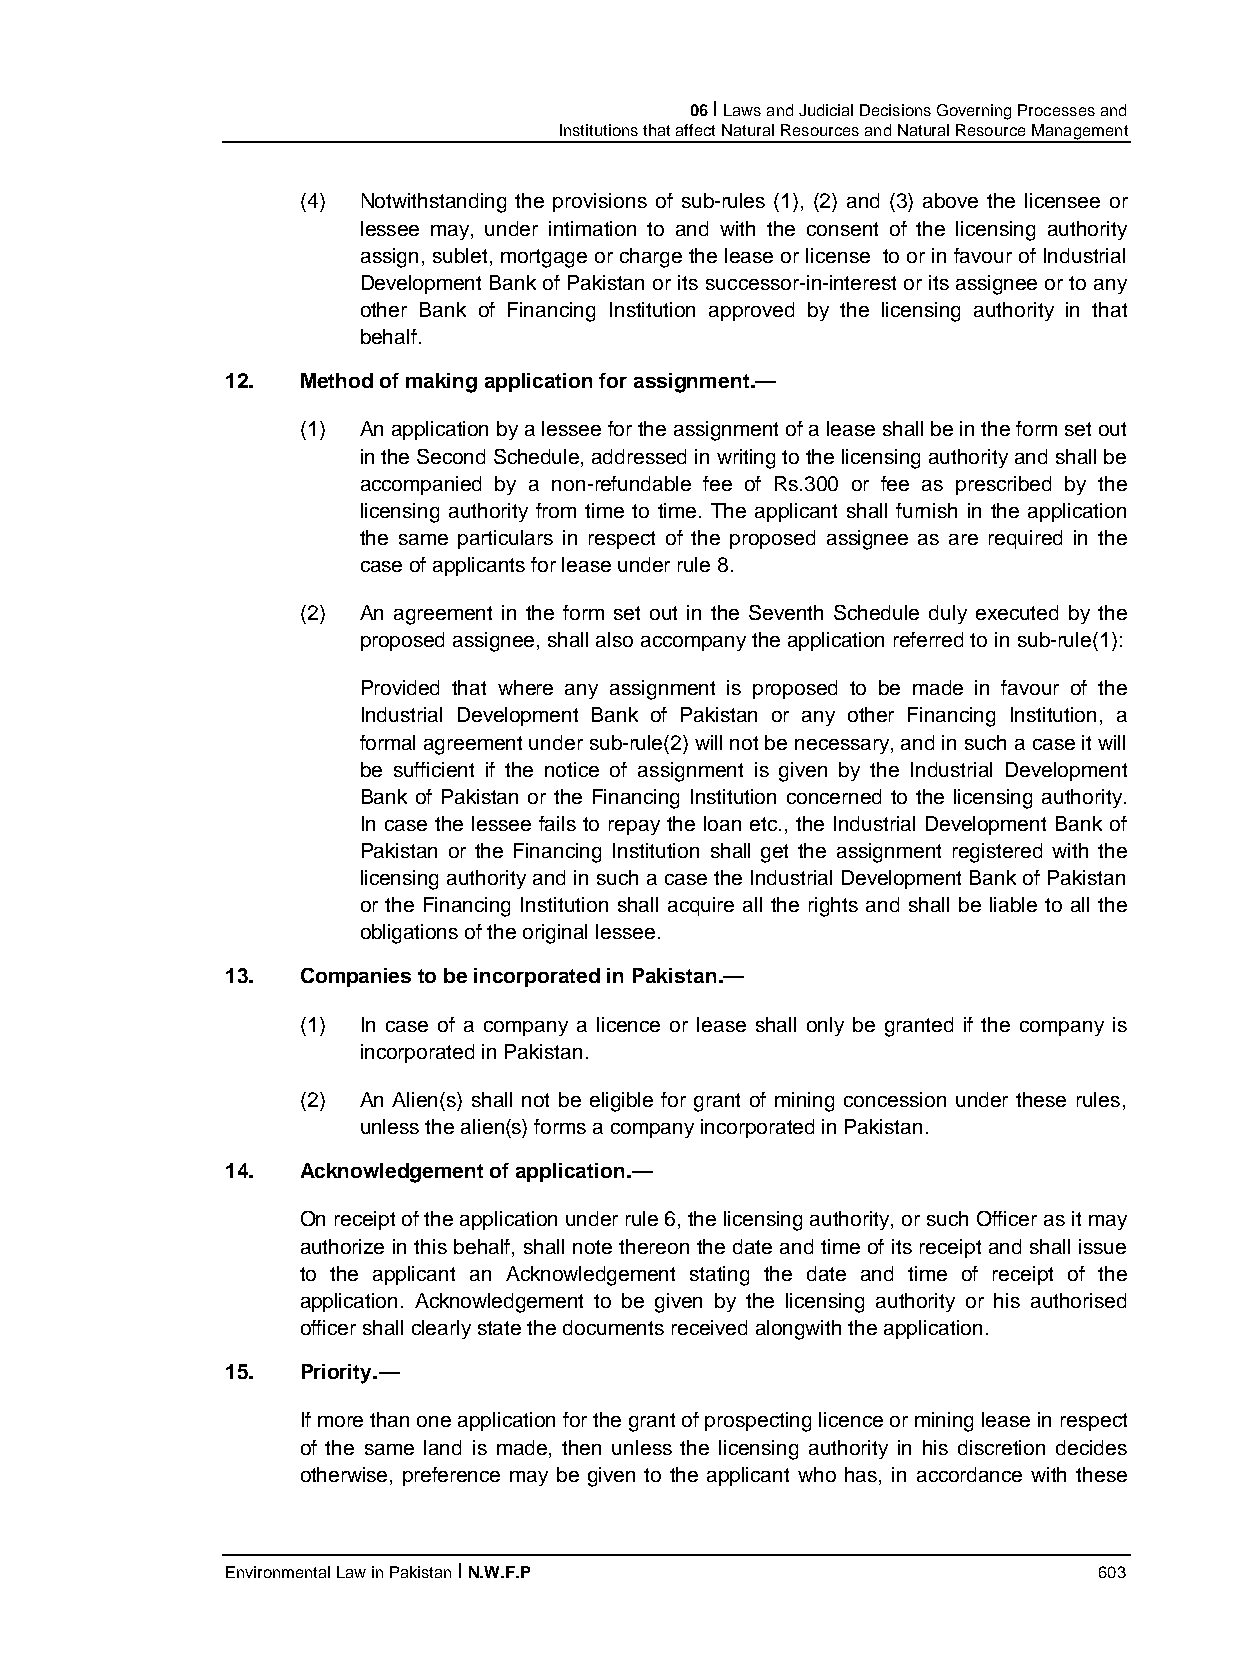
06 I Laws and Judicial Decisions Governing Processes and
 Institutions that affect Natural Resources and Natural Resource Management
 (4) Notwithstanding the provisions of sub-rules (1), (2) and (3) above the licensee or
 lessee may, under intimation to and with the consent of the licensing authority
 assign, sublet, mortgage or charge the lease or license to or in favour of Industrial
 Development Bank of Pakistan or its successor-in-interest or its assignee or to any
 other Bank of Financing Institution approved by the licensing authority in that
 behalf.
 12.  Method of making application for assignment.—
 (1) An application by a lessee for the assignment of a lease shall be in the form set out
 in the Second Schedule, addressed in writing to the licensing authority and shall be
 accompanied by a non-refundable fee of Rs.300 or fee as prescribed by the
 licensing authority from time to time. The applicant shall furnish in the application
 the same particulars in respect of the proposed assignee as are required in the
 case of applicants for lease under rule 8.
 (2) An agreement in the form set out in the Seventh Schedule duly executed by the
 proposed assignee, shall also accompany the application referred to in sub-rule(1):
 Provided that where any assignment is proposed to be made in favour of the
 Industrial Development Bank of Pakistan or any other Financing Institution, a
 formal agreement under sub-rule(2) will not be necessary, and in such a case it will
 be sufficient if the notice of assignment is given by the Industrial Development
 Bank of Pakistan or the Financing Institution concerned to the licensing authority.
 In case the lessee fails to repay the loan etc., the Industrial Development Bank of
 Pakistan or the Financing Institution shall get the assignment registered with the
 licensing authority and in such a case the Industrial Development Bank of Pakistan
 or the Financing Institution shall acquire all the rights and shall be liable to all the
 obligations of the original lessee.
 13.  Companies to be incorporated in Pakistan.—
 (1) In case of a company a licence or lease shall only be granted if the company is
 incorporated in Pakistan.
 (2) An Alien(s) shall not be eligible for grant of mining concession under these rules,
 unless the alien(s) forms a company incorporated in Pakistan.
 14.  Acknowledgement of application.—
 On receipt of the application under rule 6, the licensing authority, or such Officer as it may
 authorize in this behalf, shall note thereon the date and time of its receipt and shall issue
 to the applicant an Acknowledgement stating the date and time of receipt of the
 application. Acknowledgement to be given by the licensing authority or his authorised
 officer shall clearly state the documents received alongwith the application.
 15.  Priority.—
 If more than one application for the grant of prospecting licence or mining lease in respect
 of the same land is made, then unless the licensing authority in his discretion decides
 otherwise, preference may be given to the applicant who has, in accordance with these
 Environmental Law in Pakistan I N.W.F.P                   603